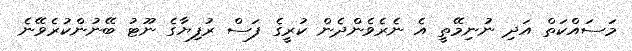
މަސައްކަތް އަދި ނުނިމޭތީ އެ ނެރެވެންދެން ކުރީގެ ފަސް ރުފިޔާގެ ނޫޓު ބޭނުންކުރެވޭނެ